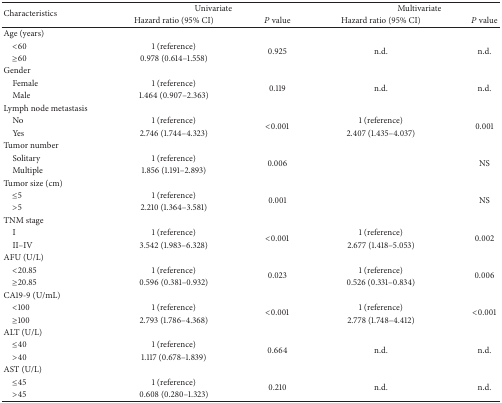
<table><thead><tr><td rowspan="2"><b>Characteristics</b></td><td colspan="2"><b>Univariate</b></td><td colspan="2"><b>Multivariate</b></td></tr><tr><td><b>Hazard ratio (95% CI)</b></td><td><b><i>P</i> value</b></td><td><b>Hazard ratio (95% CI)</b></td><td><b><i>P</i> value</b></td></tr></thead><tbody><tr><td>Age (years)</td><td colspan="2"> </td><td> </td><td> </td></tr><tr><td> &lt;60</td><td>1 (reference)</td><td rowspan="2">0.925</td><td rowspan="2">n.d.</td><td rowspan="2">n.d.</td></tr><tr><td> ≥60</td><td>0.978 (0.614–1.558)</td></tr><tr><td>Gender</td><td colspan="2"> </td><td> </td><td> </td></tr><tr><td> Female</td><td>1 (reference)</td><td rowspan="2">0.119</td><td rowspan="2">n.d.</td><td rowspan="2">n.d.</td></tr><tr><td> Male</td><td>1.464 (0.907–2.363)</td></tr><tr><td>Lymph node metastasis</td><td colspan="2"> </td><td> </td><td> </td></tr><tr><td> No</td><td>1 (reference)</td><td rowspan="2">&lt;0.001</td><td>1 (reference)</td><td rowspan="2">0.001</td></tr><tr><td> Yes</td><td>2.746 (1.744–4.323)</td><td>2.407 (1.435–4.037)</td></tr><tr><td>Tumor number</td><td colspan="2"> </td><td> </td><td> </td></tr><tr><td> Solitary</td><td>1 (reference)</td><td rowspan="2">0.006</td><td rowspan="2"> </td><td rowspan="2">NS</td></tr><tr><td> Multiple</td><td>1.856 (1.191–2.893)</td></tr><tr><td>Tumor size (cm)</td><td colspan="2"> </td><td> </td><td> </td></tr><tr><td> ≤5</td><td>1 (reference)</td><td rowspan="2">0.001</td><td rowspan="2"> </td><td rowspan="2">NS</td></tr><tr><td> &gt;5</td><td>2.210 (1.364–3.581)</td></tr><tr><td>TNM stage</td><td colspan="2"> </td><td> </td><td> </td></tr><tr><td> I</td><td>1 (reference)</td><td rowspan="2">&lt;0.001</td><td>1 (reference)</td><td rowspan="2">0.002</td></tr><tr><td> II–IV</td><td>3.542 (1.983–6.328)</td><td>2.677 (1.418–5.053)</td></tr><tr><td>AFU (U/L)</td><td colspan="2"> </td><td> </td><td> </td></tr><tr><td> &lt;20.85</td><td>1 (reference)</td><td rowspan="2">0.023</td><td>1 (reference)</td><td rowspan="2">0.006</td></tr><tr><td> ≥20.85</td><td>0.596 (0.381–0.932)</td><td>0.526 (0.331–0.834)</td></tr><tr><td>CA19-9 (U/mL)</td><td colspan="2"> </td><td> </td><td> </td></tr><tr><td> &lt;100</td><td>1 (reference)</td><td rowspan="2">&lt;0.001</td><td>1 (reference)</td><td rowspan="2">&lt;0.001</td></tr><tr><td> ≥100</td><td>2.793 (1.786–4.368)</td><td>2.778 (1.748–4.412)</td></tr><tr><td>ALT (U/L)</td><td colspan="2"> </td><td> </td><td> </td></tr><tr><td> ≤40</td><td>1 (reference)</td><td rowspan="2">0.664</td><td rowspan="2">n.d.</td><td rowspan="2">n.d.</td></tr><tr><td> &gt;40</td><td>1.117 (0.678–1.839)</td></tr><tr><td>AST (U/L)</td><td colspan="2"> </td><td> </td><td> </td></tr><tr><td> ≤45</td><td>1 (reference)</td><td rowspan="2">0.210</td><td rowspan="2">n.d.</td><td rowspan="2">n.d.</td></tr><tr><td> &gt;45</td><td>0.608 (0.280–1.323)</td></tr></tbody></table>